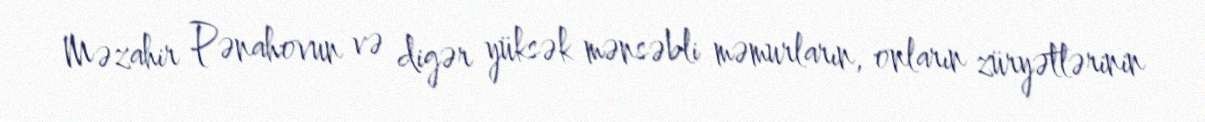
Məzahir Pənahovun və digər yüksək mənsəbli məmurların, onların züryətlərinin